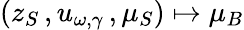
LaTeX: (z_{S}\, ,u_{\omega,\gamma}\, ,\mu_{S})\mapsto\mu_{B}